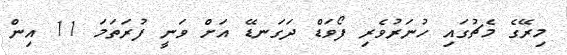
މިރޭގެ މެޗުގައި ހުނަރުވެރި ފޯވަޑް ދަގަނޑޭ އަށް ވަނީ ފުރަތަމަ 11 އިން